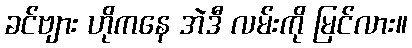
ခင်ဗျား ဟိုကနေ အဲဒီ လမ်းကို မြင်လား။